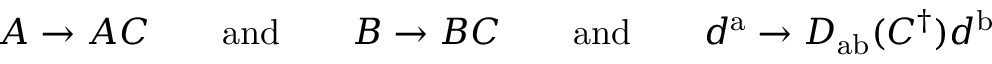
A \rightarrow A C \qquad { \mathrm { a n d } } \qquad B \rightarrow B C \qquad { \mathrm { a n d } } \qquad d ^ { \mathrm { a } } \rightarrow D _ { \mathrm { a b } } ( C ^ { \dagger } ) d ^ { \mathrm { b } }